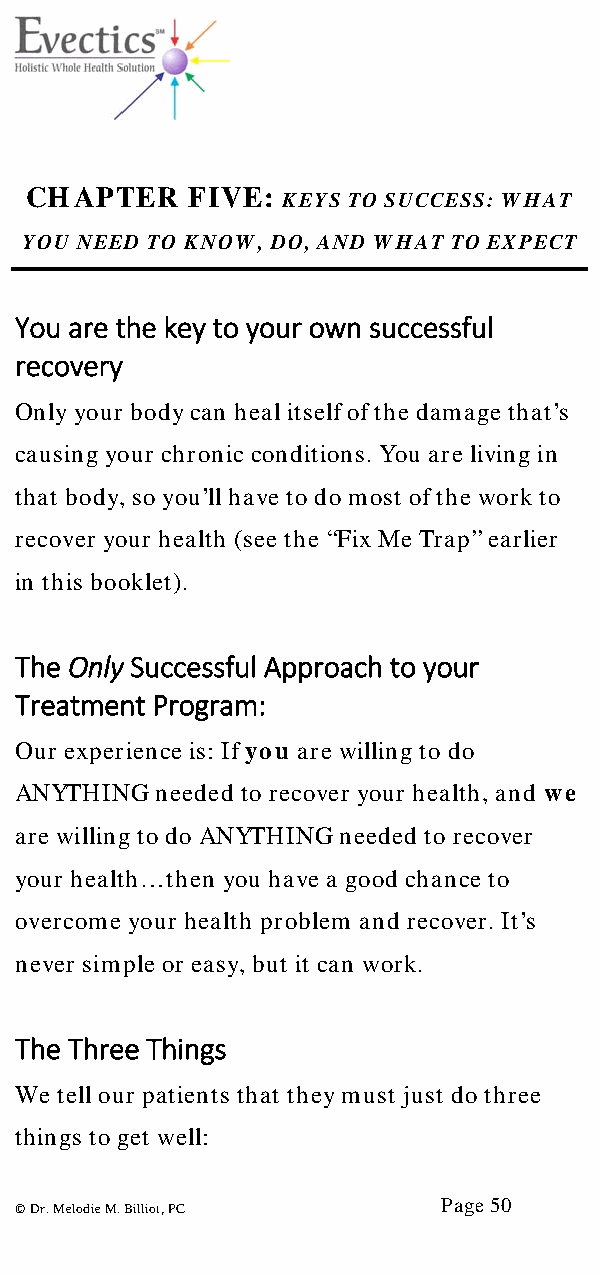
CHAPTER   FIVE:
 KEYS TO SUCCESS: WHAT
 YOU NEED TO KNOW, DO, AND WHAT TO EXPECT
 You are the key to your own successful
 recovery
 Only your body can heal itself of the damage that’s
 causing your chronic conditions. You are living in
 that body, so you’ll have to do most of the work to
 recover your health (see the “Fix Me Trap” earlier
 in this booklet).
 The Only Successful Approach to your
 Treatment Program:
 Our experience is: If you are willing to do
 ANYTHING needed to recover your health, and we
 are willing to do ANYTHING needed to recover
 your health… then you have a good chance to
 overcome your health problem and recover. It’s
 never simple or easy, but it can work.
 The Three Things
 We tell our patients that they must just do three
 things to get well:
 Page 50
 © Dr. Melodie M. Billiot, PC